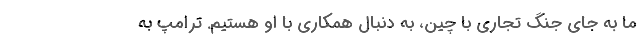
ما به جای جنگ تجاری با چین، به دنبال همکاری با او هستیم. ترامپ به